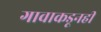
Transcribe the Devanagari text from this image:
गावाकडूनही